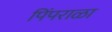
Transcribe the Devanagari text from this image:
पिंपराळा